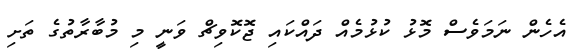
އެހެން ނަމަވެސް މޮޅު ކުޅުމެއް ދައްކައި ޖޮކޮވިޗް ވަނީ މި މުބާރާތުގެ ތަށި